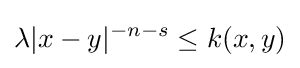
\lambda |x-y|^{-n-s}\leq k(x,y)